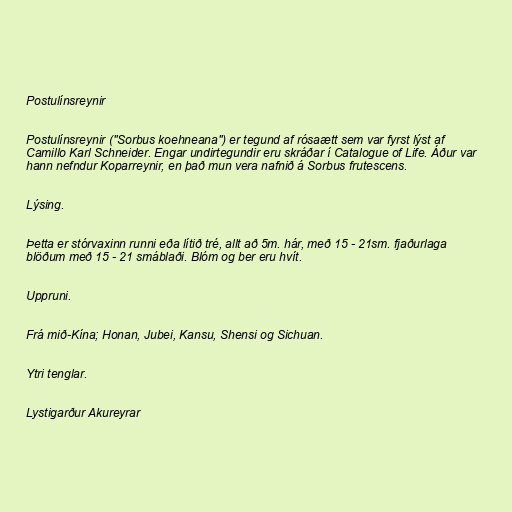
Postulínsreynir

Postulínsreynir ("Sorbus koehneana") er tegund af rósaætt sem var fyrst lýst af
Camillo Karl Schneider. Engar undirtegundir eru skráðar í Catalogue of Life. Áður var
hann nefndur Koparreynir, en það mun vera nafnið á Sorbus frutescens.

Lýsing.

Þetta er stórvaxinn runni eða lítið tré, allt að 5m. hár, með 15 - 21sm. fjaðurlaga
blöðum með 15 - 21 smáblaði. Blóm og ber eru hvít.

Uppruni.

Frá mið-Kína; Honan, Jubei, Kansu, Shensi og Sichuan.

Ytri tenglar.

Lystigarður Akureyrar